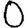
Digit: 0